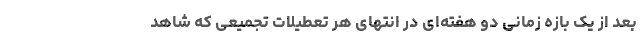
بعد از یک بازه زمانی دو هفته‌ای در انتهای هر تعطیلات تجمیعی که شاهد